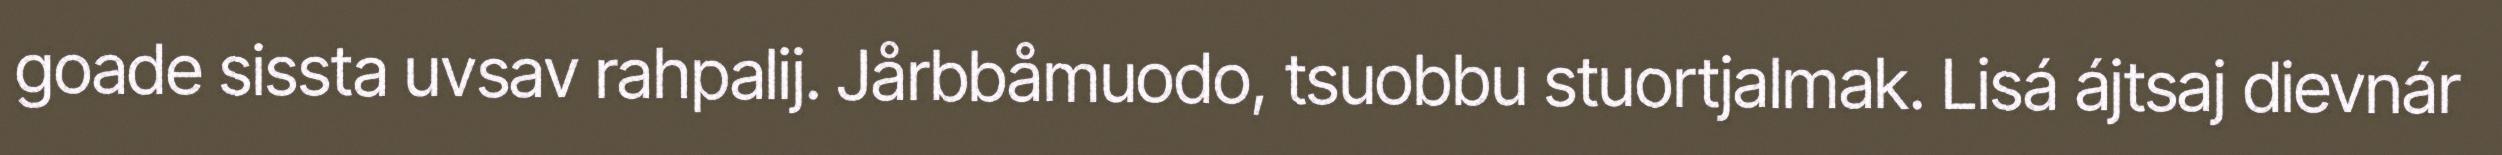
goade sissta uvsav rahpalij. Jårbbåmuodo, tsuobbu stuortjalmak. Lisá ájtsaj dievnár